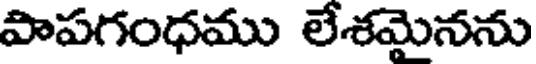
పాపగంధము లేశమైనను